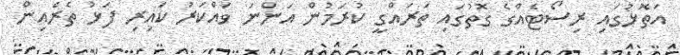
އަތޮޅުގައި ރިސޯޓެއްގެ ގޮތުގައި ތަރައްގީ ކުރަމުން އަންނަ ވައްކަރު ކައިރި ފަޅު ތެރެއިން